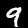
Digit: 9